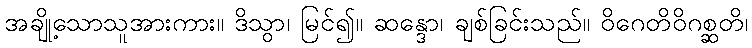
အချို့သောသူအားကား။ ဒိသွာ၊ မြင်၍။ ဆန္ဒော၊ ချစ်ခြင်းသည်။ ဝိဂေတိဝိဂစ္ဆတိ၊